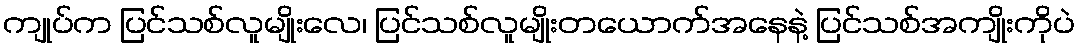
ကျုပ်က ပြင်သစ်လူမျိုးလေ၊ ပြင်သစ်လူမျိုးတယောက်အနေနဲ့ ပြင်သစ်အကျိုးကိုပဲ